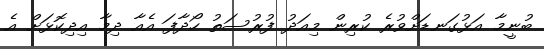
ބުނީމާ އަޅުގަނޑަށްވުރެ ކުރިން މިއަދު ފުރުސަތު ހޯދާފަ އެއާ ދިމާ އިދިކޮޅަށް އެ